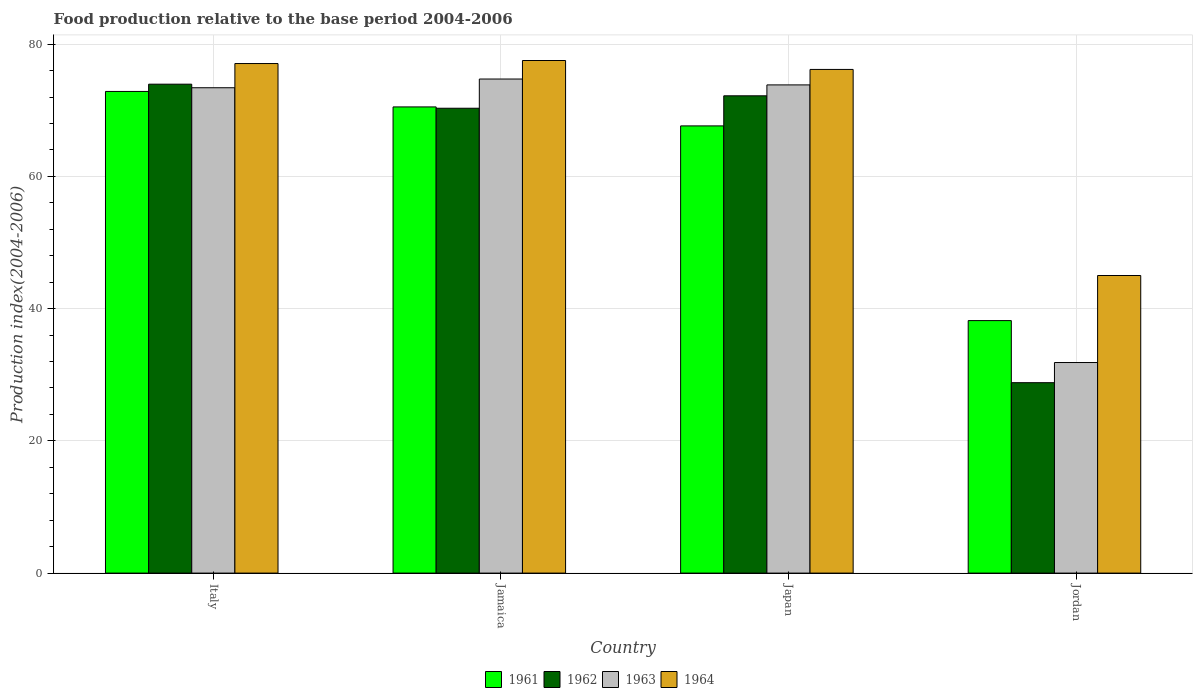
| Country | 1961 | 1962 | 1963 | 1964 |
 | --- | --- | --- | --- | --- |
 | Italy | 72.8 | 74 | 73.4 | 77.1 |
 | Jamaica | 70.5 | 70.3 | 74.7 | 77.5 |
 | Japan | 67.6 | 72.2 | 73.8 | 76.2 |
 | Jordan | 38.2 | 28.8 | 31.9 | 45 |